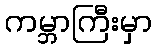
ကမ္ဘာကြီးမှာ